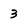
Character: 3